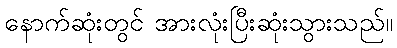
နောက်ဆုံးတွင် အားလုံးပြီးဆုံးသွားသည်။